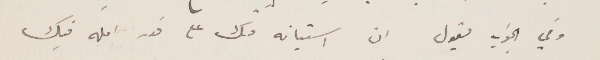
وفي الجواب يقول ان استيائه منك على قدر امله فيك